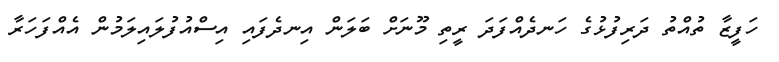
ހަފީޒާ ތުއްތު ދަރިފުޅުގެ ހަނދެއްފަދަ ރީތި މޫނަށް ބަލަން އިނދެފައި އިސްއުފުލައިލަމުން އެއްފަހަރާ